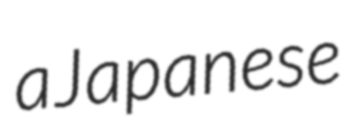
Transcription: a Japanese